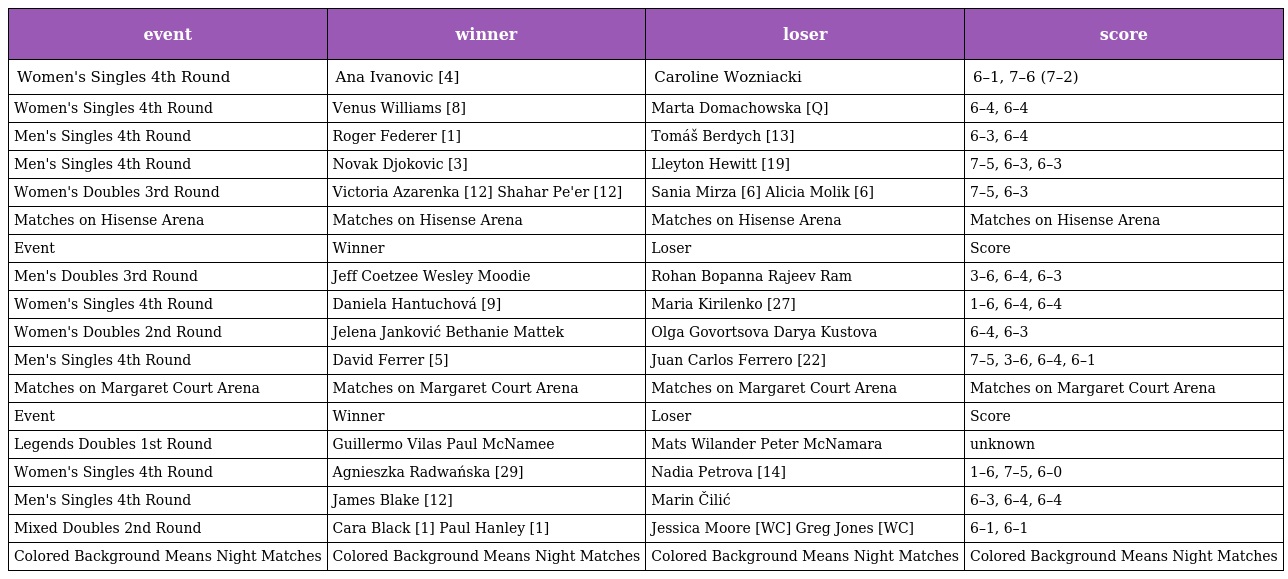
| event | winner | loser | score |
 | --- | --- | --- | --- |
 | Women's Singles 4th Round | Ana Ivanovic [4] | Caroline Wozniacki | 6–1, 7–6 (7–2) |
 | Women's Singles 4th Round | Venus Williams [8] | Marta Domachowska [Q] | 6–4, 6–4 |
 | Men's Singles 4th Round | Roger Federer [1] | Tomáš Berdych [13] | 6–3, 6–4 |
 | Men's Singles 4th Round | Novak Djokovic [3] | Lleyton Hewitt [19] | 7–5, 6–3, 6–3 |
 | Women's Doubles 3rd Round | Victoria Azarenka [12] Shahar Pe'er [12] | Sania Mirza [6] Alicia Molik [6] | 7–5, 6–3 |
 | Matches on Hisense Arena | Matches on Hisense Arena | Matches on Hisense Arena | Matches on Hisense Arena |
 | Event | Winner | Loser | Score |
 | Men's Doubles 3rd Round | Jeff Coetzee Wesley Moodie | Rohan Bopanna Rajeev Ram | 3–6, 6–4, 6–3 |
 | Women's Singles 4th Round | Daniela Hantuchová [9] | Maria Kirilenko [27] | 1–6, 6–4, 6–4 |
 | Women's Doubles 2nd Round | Jelena Janković Bethanie Mattek | Olga Govortsova Darya Kustova | 6–4, 6–3 |
 | Men's Singles 4th Round | David Ferrer [5] | Juan Carlos Ferrero [22] | 7–5, 3–6, 6–4, 6–1 |
 | Matches on Margaret Court Arena | Matches on Margaret Court Arena | Matches on Margaret Court Arena | Matches on Margaret Court Arena |
 | Event | Winner | Loser | Score |
 | Legends Doubles 1st Round | Guillermo Vilas Paul McNamee | Mats Wilander Peter McNamara | unknown |
 | Women's Singles 4th Round | Agnieszka Radwańska [29] | Nadia Petrova [14] | 1–6, 7–5, 6–0 |
 | Men's Singles 4th Round | James Blake [12] | Marin Čilić | 6–3, 6–4, 6–4 |
 | Mixed Doubles 2nd Round | Cara Black [1] Paul Hanley [1] | Jessica Moore [WC] Greg Jones [WC] | 6–1, 6–1 |
 | Colored Background Means Night Matches | Colored Background Means Night Matches | Colored Background Means Night Matches | Colored Background Means Night Matches |